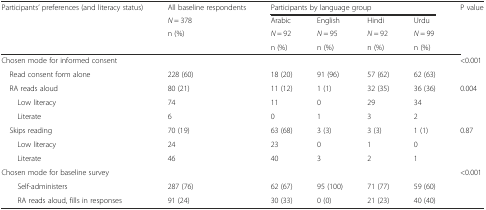
<table><thead><tr><td><b>Participants’ preferences (and literacy status)</b></td><td><b>All baseline respondents</b></td><td colspan="4"><b>Participants by language group</b></td><td><b>P value</b></td></tr><tr><td rowspan="3"></td><td><b><i>N</i> = 378</b></td><td><b>Arabic</b></td><td><b>English</b></td><td><b>Hindi</b></td><td><b>Urdu</b></td><td rowspan="3"></td></tr><tr><td rowspan="2"><b>n (%)</b></td><td><b><i>N</i> = 92</b></td><td><b><i>N</i> = 95</b></td><td><b><i>N</i> = 92</b></td><td><b><i>N</i> = 99</b></td></tr><tr><td><b>n (%)</b></td><td><b>n (%)</b></td><td><b>n (%)</b></td><td><b>n (%)</b></td></tr></thead><tbody><tr><td>Chosen mode for informed consent</td><td></td><td></td><td></td><td></td><td></td><td>&lt;0.001</td></tr><tr><td> Read consent form alone</td><td>228 (60)</td><td>18 (20)</td><td>91 (96)</td><td>57 (62)</td><td>62 (63)</td><td></td></tr><tr><td> RA reads aloud</td><td>80 (21)</td><td>11 (12)</td><td>1 (1)</td><td>32 (35)</td><td>36 (36)</td><td>0.004</td></tr><tr><td>Low literacy</td><td>74</td><td>11</td><td>0</td><td>29</td><td>34</td><td></td></tr><tr><td>Literate</td><td>6</td><td>0</td><td>1</td><td>3</td><td>2</td><td></td></tr><tr><td> Skips reading</td><td>70 (19)</td><td>63 (68)</td><td>3 (3)</td><td>3 (3)</td><td>1 (1)</td><td>0.87</td></tr><tr><td>Low literacy</td><td>24</td><td>23</td><td>0</td><td>1</td><td>0</td><td></td></tr><tr><td>Literate</td><td>46</td><td>40</td><td>3</td><td>2</td><td>1</td><td></td></tr><tr><td>Chosen mode for baseline survey</td><td></td><td></td><td></td><td></td><td></td><td>&lt;0.001</td></tr><tr><td>Self-administers</td><td>287 (76)</td><td>62 (67)</td><td>95 (100)</td><td>71 (77)</td><td>59 (60)</td><td></td></tr><tr><td>RA reads aloud, fills in responses</td><td>91 (24)</td><td>30 (33)</td><td>0 (0)</td><td>21 (23)</td><td>40 (40)</td><td></td></tr></tbody></table>